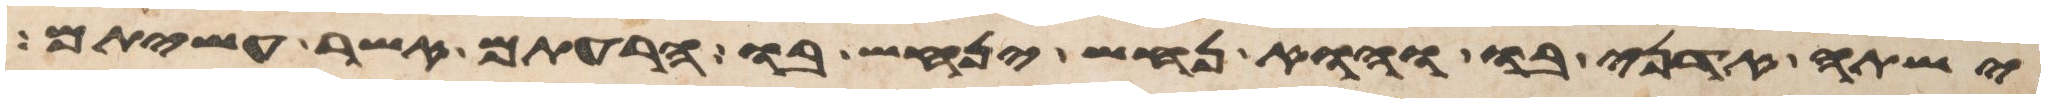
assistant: ישתה אדני בו והוא נחש ינחש בו הרעתם אשר עשיתם